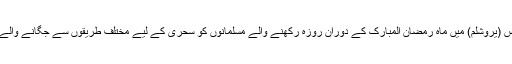
06 جون2018ء) اسرائیل کے زیر انتظام مقبوضہ بیت المقدس (یروشلم) میں ماہ رمضان المبارک کے دوران روزہ رکھنے والے مسلمانوں کو سحری کے لیے مختلف طریقوں سے جگانے والے رضاکاروں کو گرفتاریوں اور بھاری جرمانے کا سامنا ہے۔